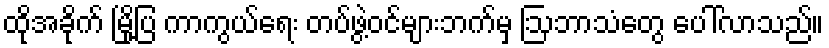
ထိုအခိုက် မြို့ပြ ကာကွယ်ရေး တပ်ဖွဲ့ဝင်များဘက်မှ ဩဘာသံတွေ ပေါ်လာသည်။